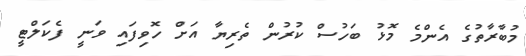
މުބާރާތުގެ އެންމެ މޮޅު ބަހުސް ކުރުން ތެރިޔާ އަށް ހޮވިފައި ވަނީ ފެކަލްޓީ